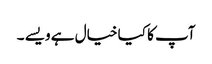
آپ کا کیا خیال ہے ویسے ۔